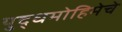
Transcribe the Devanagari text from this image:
युद्धमोहिमेचे